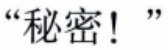
“秘密！”